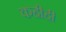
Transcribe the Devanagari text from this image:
कहीही